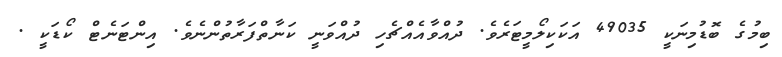
ބިމުގެ ބޮޑުމިނަކީ 49035 އަކަކިލޯމީޓަރެވެ. ދުއްވާއެއްޗެހި ދުއްވަނީ ކަނާތްފަރާތުންނެވެ. އިންޓަނެޓް ކޯޑަކީ .